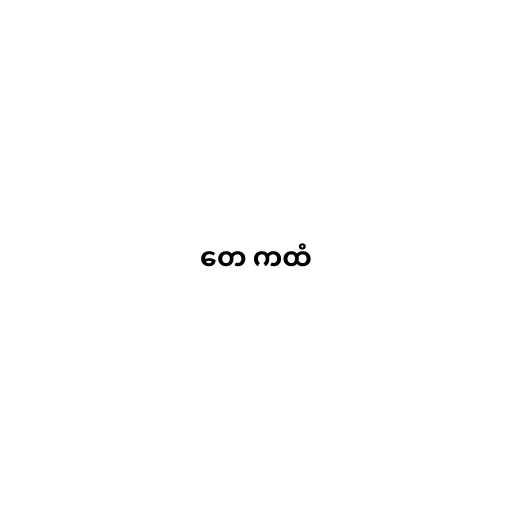
တေ ကထံ